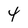
Character: 4